Calcutta medical institutions reports 1871-78
Year: 1871
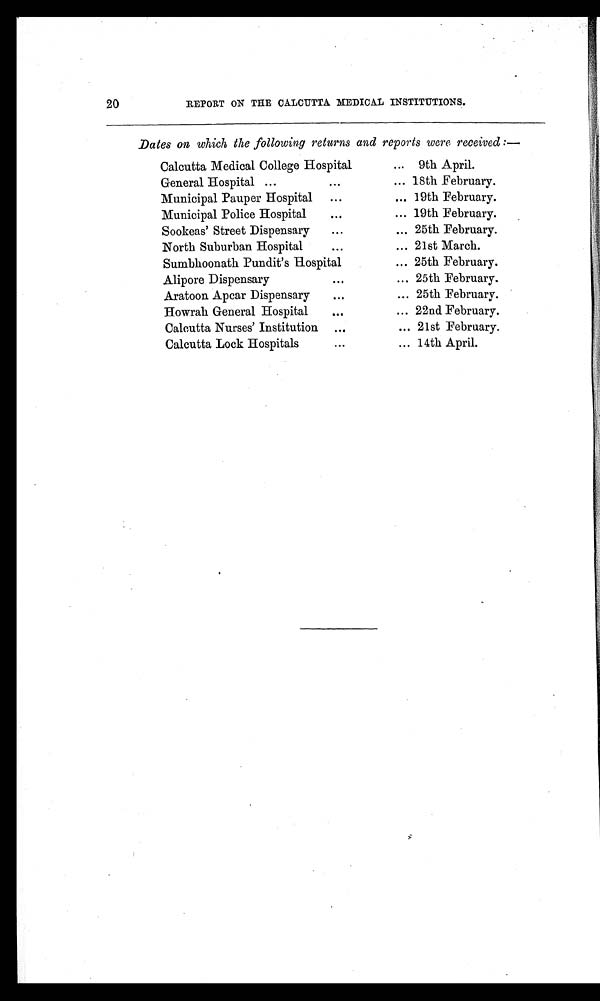
20
REPORT ON THE CALCUTTA MEDICAL INSTITUTIONS.
Dates on which the following returns and reports were received :—
Calcutta Medical College Hospital
... 9th April.
General Hospital ...
...
... 18th February.
Municipal Pauper Hospital ...
... 19th February.
Municipal Police Hospital
...
... 19th February.
Sookeas' Street Dispensary
...
... 25th February.
North Suburban Hospital
...
... 21st March.
Sumbhoonath Pundit's Hospital
... 25th February.
Alipore Dispensary
...
... 25th February.
Aratoon Apcar Dispensary ... ... 25th February.
Howrah General Hospital
... ... 22nd February.
Calcutta Nurses' Institution ...
... 21st February.
Calcutta Lock Hospitals
...
... 14th April.